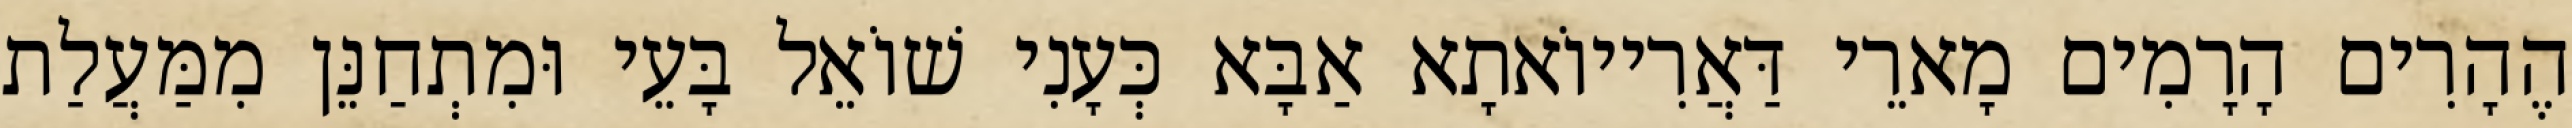
הֶהָרִים הָרָמִים מָארֵי דַּאֲרִייוֹאתָא אַבָּא כְּעָנִי שׁוֹאֵל בָּעֵי וּמִתְחַנֵּן מִמַּעֲלַת